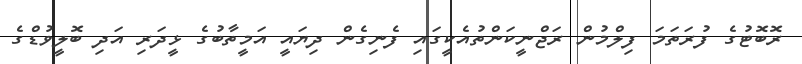
ރޮބޮޓުގެ ފުރަތަމަ ފިލްމުން ރަޖްނީކަންތުއެކީގައި ފެނިގެން ދިޔައީ އަމީތާބުގެ ޅީދަރި އަދި ބޮލީވުޑްގެ